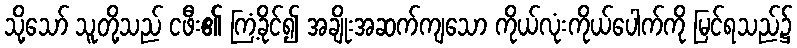
သို့သော် သူတို့သည် ငဖီး၏ ကြံ့ခိုင်၍ အချိုးအဆက်ကျသော ကိုယ်လုံးကိုယ်ပေါက်ကို မြင်ရသည်၌